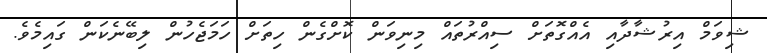
ޝިވަމް އިރުޝާދާއި އެއްގޮތަށް ސިއްރުތައް މިނިވަން ކޮށްގެން ހިތަށް ހަމަޖެހުން ލިބޭނެކަން ގައިމެވެ.